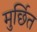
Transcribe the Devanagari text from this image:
मुर्छित